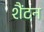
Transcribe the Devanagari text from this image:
शैंटन